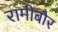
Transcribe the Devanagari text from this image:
रामीबौर